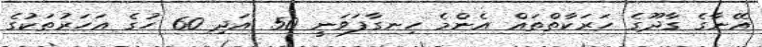
އޭނާގެ ގާދޫގެ ހަރަކާތްތައް އެންމެ ހިނގާފަވަނީ 50 އަދި 60 ހުގެ އަހަރުތަކުގެ